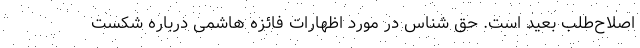
اصلاح‌طلب بعید است. حق شناس در مورد اظهارات فائزه هاشمی درباره شکست